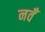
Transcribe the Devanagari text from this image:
नवँ